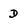
Character: d